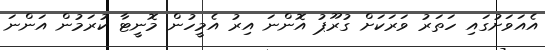
އެއަވަށުގައި ހަތަރު ވަރަކަށް ގުރޫޕު އޮންނަ އިރު އެމީހުން މޮނީޓާ ކުރަމުން އަންނަ